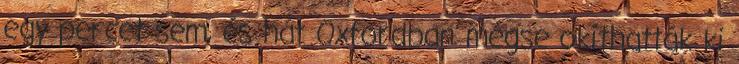
egy per­cet sem, és hát Oxfordban mégse okíthatták ki